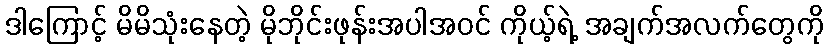
ဒါကြောင့် မိမိသုံးနေတဲ့ မိုဘိုင်းဖုန်းအပါအဝင် ကိုယ့်ရဲ့ အချက်အလက်တွေကို